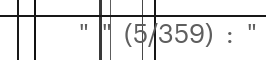
" " (5/359) : "